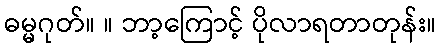
ဓမ္မဂုတ်။ ။ ဘာ့ကြောင့် ပိုလာရတာတုန်း။